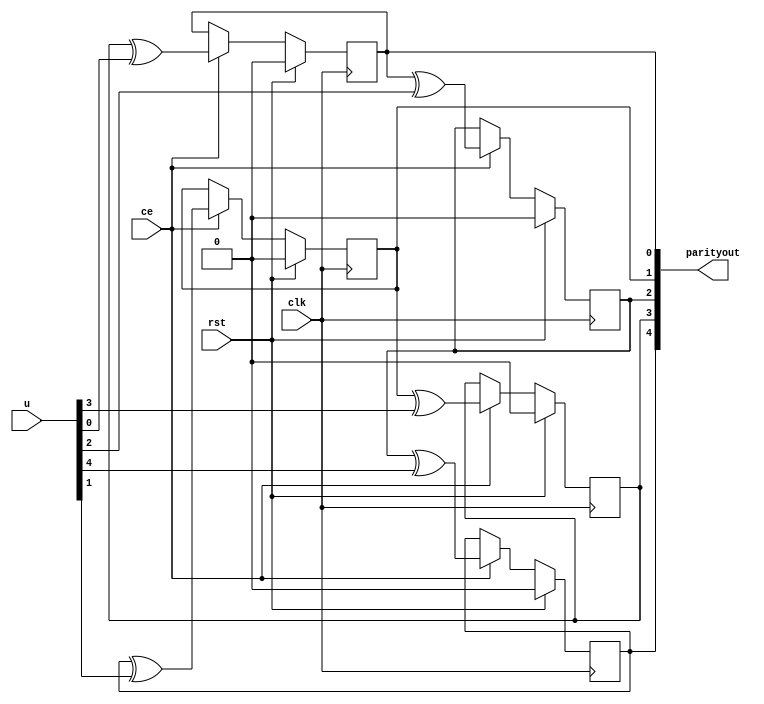
`timescale 1ns / 1ps
//////////////////////////////////////////////////////////////////////////////////
// Company: 
// Engineer: 
// 
// Design Name: 
// Module Name: parityshift
// Project Name: 
// Target Devices: 
// Tool Versions: 
// Description: 
// 
// Dependencies: 
// 
// Revision:
// Revision 0.01 - File Created
// Additional Comments:
// 
//////////////////////////////////////////////////////////////////////////////////


module parityshift2(parityout,u,ce,clk,rst);


parameter Z=5;

parameter cycle=3;//z/Lm
parameter pa=2;//Lm

input [Z-1:0]u;
input clk,rst,ce;
output reg [Z-1:0]parityout;
reg  fifoOut[Z-1:0];
wire uf[Z-1:0];

genvar count,j;
generate
for(count=1;count<=Z;count=count+1)begin

always @(posedge clk) 
    begin
    if (rst) begin    
                fifoOut[(pa*count)%Z] <= 0;

    end
    else if(ce==1)
            begin
                fifoOut[(pa*count)%Z] <=  fifoOut[(pa*(count-1))%Z]^u[(pa*count)%Z];//remove the u xor part to visualize parity shift portion 
            end
    else
        begin
         fifoOut[(pa*count)%Z] <= fifoOut[(pa*count)%Z]; 
         end   
  
    end 
end
endgenerate

genvar i;
generate
for(i=0;i<Z;i=i+1)begin
always@(*)
    begin
         parityout[i]=fifoOut[i];
    end
end
endgenerate
endmodule